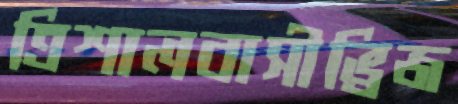
ত্রিশালবাসীভ্রিজ